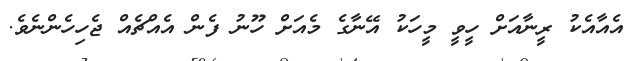
އެއާއެކު ރީނާއަށް ހީވީ މީހަކު އޭނާގެ މެއަށް ހޫނު ފެން އެއްޗެއް ޖެހިހެންނެވެ.